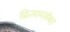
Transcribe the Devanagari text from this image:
प्रिन्स्टनसोबत